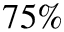
7 5 \%